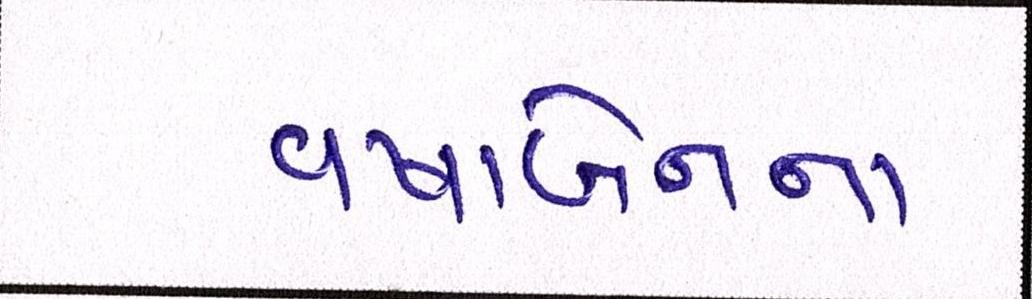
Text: વષાર્બેનના